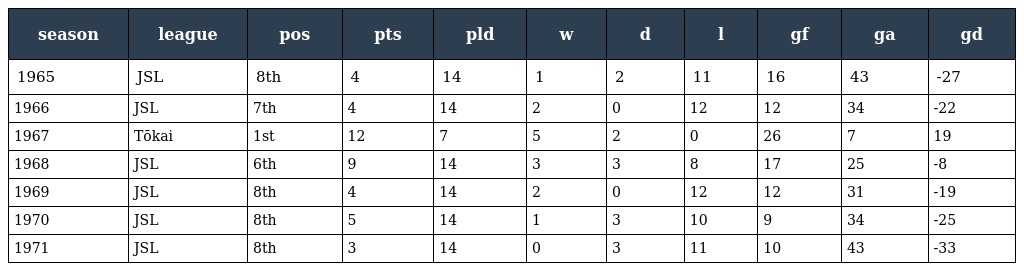
| season | league | pos | pts | pld | w | d | l | gf | ga | gd |
 | --- | --- | --- | --- | --- | --- | --- | --- | --- | --- | --- |
 | 1965 | JSL | 8th | 4 | 14 | 1 | 2 | 11 | 16 | 43 | -27 |
 | 1966 | JSL | 7th | 4 | 14 | 2 | 0 | 12 | 12 | 34 | -22 |
 | 1967 | Tōkai | 1st | 12 | 7 | 5 | 2 | 0 | 26 | 7 | 19 |
 | 1968 | JSL | 6th | 9 | 14 | 3 | 3 | 8 | 17 | 25 | -8 |
 | 1969 | JSL | 8th | 4 | 14 | 2 | 0 | 12 | 12 | 31 | -19 |
 | 1970 | JSL | 8th | 5 | 14 | 1 | 3 | 10 | 9 | 34 | -25 |
 | 1971 | JSL | 8th | 3 | 14 | 0 | 3 | 11 | 10 | 43 | -33 |